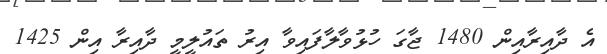
އެ ދާއިރާއިން 1480 ޖާގަ ހުޅުވާލާފައިވާ އިރު ތައުލީމީ ދާއިރާ އިން 1425